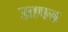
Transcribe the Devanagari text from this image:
उतपन